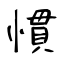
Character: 慣